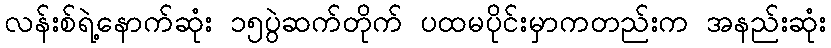
လန်းစ်ရဲ့နောက်ဆုံး ၁၅ပွဲဆက်တိုက် ပထမပိုင်းမှာကတည်းက အနည်းဆုံး